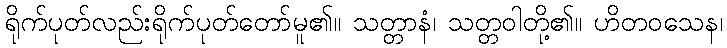
ရိုက်ပုတ်လည်းရိုက်ပုတ်တော်မူ၏။ သတ္တာနံ၊ သတ္တဝါတို့၏။ ဟိတဝသေန၊